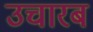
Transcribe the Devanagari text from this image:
उचारब